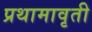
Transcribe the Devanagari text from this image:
प्रथामावृती